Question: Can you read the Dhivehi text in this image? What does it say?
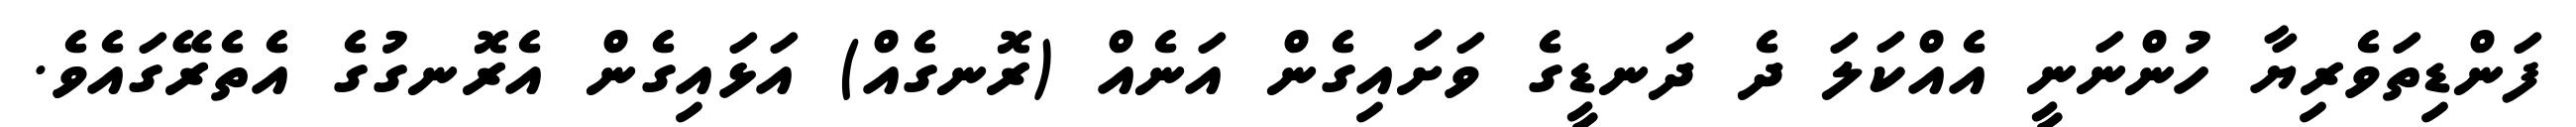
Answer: ފަންޑިތަވެރިޔާ ހުންނަނީ އެއްކަލަ ދެ ދަނޑީގެ ވަށައިގެން އަނެއް (ރޮނގެއް) އަޅައިގެން އެރޮނގުގެ އެތެރޭގައެވެ.